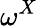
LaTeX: \omega^{X}